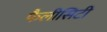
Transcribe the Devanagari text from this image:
फैलीसिटी